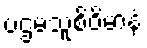
ပဌမသူစိဝိမာနံ